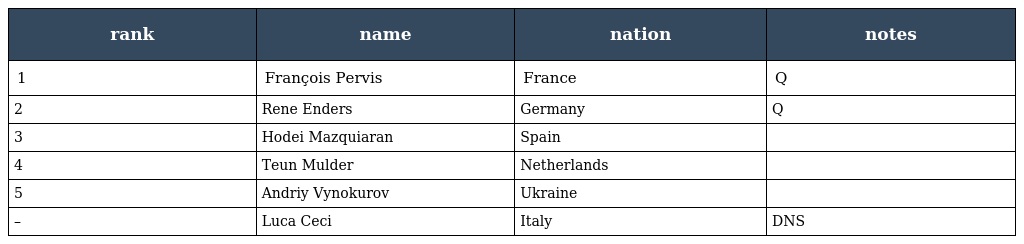
| rank | name | nation | notes |
 | --- | --- | --- | --- |
 | 1 | François Pervis | France | Q |
 | 2 | Rene Enders | Germany | Q |
 | 3 | Hodei Mazquiaran | Spain |  |
 | 4 | Teun Mulder | Netherlands |  |
 | 5 | Andriy Vynokurov | Ukraine |  |
 | – | Luca Ceci | Italy | DNS |